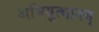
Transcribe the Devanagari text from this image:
अभियुत्थानम्